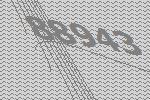
88943